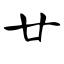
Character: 廿